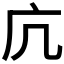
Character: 𭙍